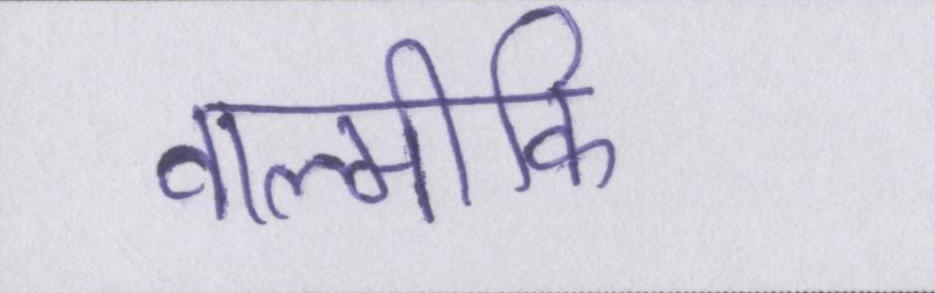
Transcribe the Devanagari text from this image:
वाल्मीकि